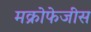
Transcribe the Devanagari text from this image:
मक्रोफेजीस